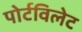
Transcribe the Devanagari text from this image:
पोर्टविलेट